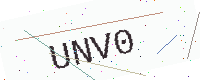
Text: UNV0